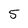
Character: 5